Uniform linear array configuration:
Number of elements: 24
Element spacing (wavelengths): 0.75
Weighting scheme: binomial
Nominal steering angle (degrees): -60
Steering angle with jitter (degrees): -58.205
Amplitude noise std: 0.05
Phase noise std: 0.05

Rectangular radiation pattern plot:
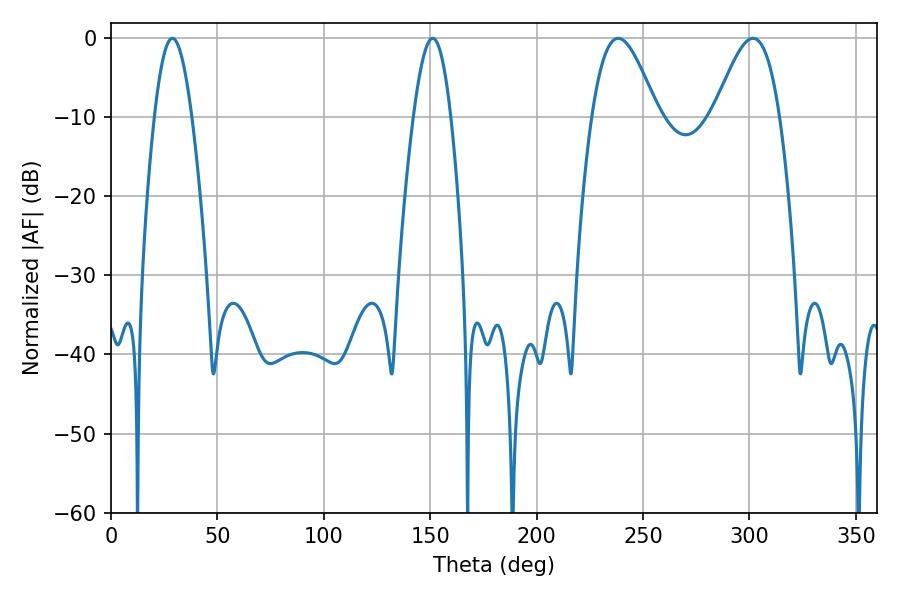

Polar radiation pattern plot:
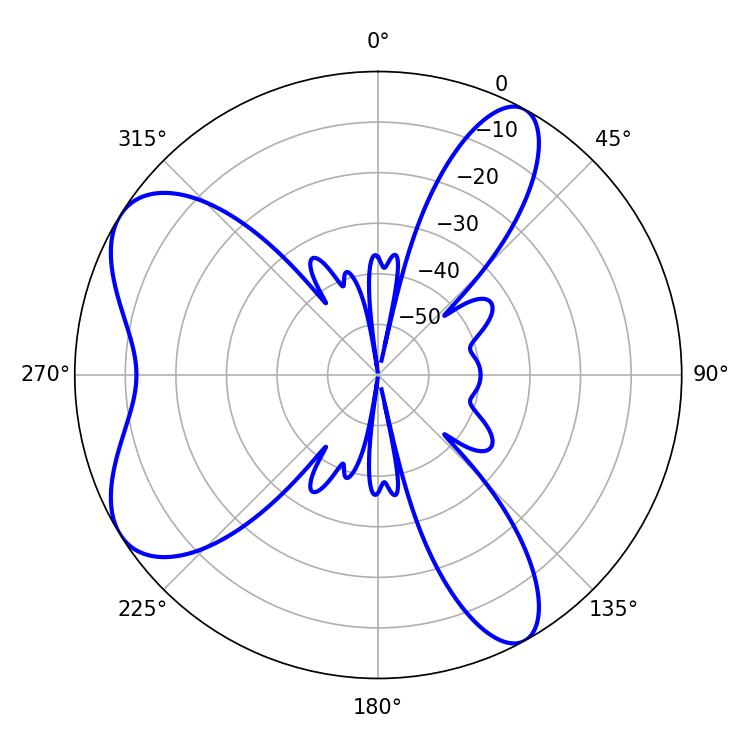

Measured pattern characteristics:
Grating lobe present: TRUE
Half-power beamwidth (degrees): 16.38
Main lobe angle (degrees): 238.32